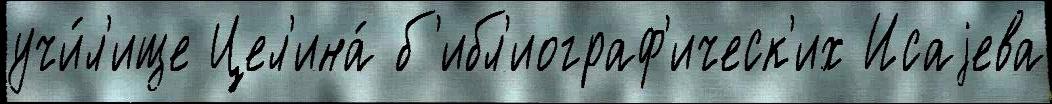
учи́л'ище Цел'ина́ б'ибл'иограф'ическ'их Исаjева